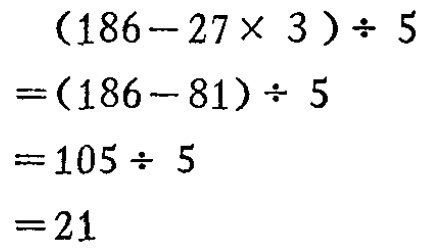
\[

\begin{align*}

&(186 - 27\times3)\div5\\

=&(186 - 81)\div5\\

=&105\div5\\

=&21

\end{align*}

\]